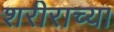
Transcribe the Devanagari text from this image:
शरीराच्या